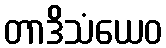
တာဒိသံယေဝ